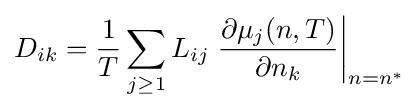
D_{ik}={\frac {1}{T}}\sum _{j\geq 1}L_{ij}\left.{\frac {\partial \mu _{j}(n,T)}{\partial n_{k}}}\right|_{n=n^{*}}